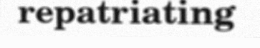
repatriating